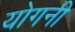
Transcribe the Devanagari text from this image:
योगनी